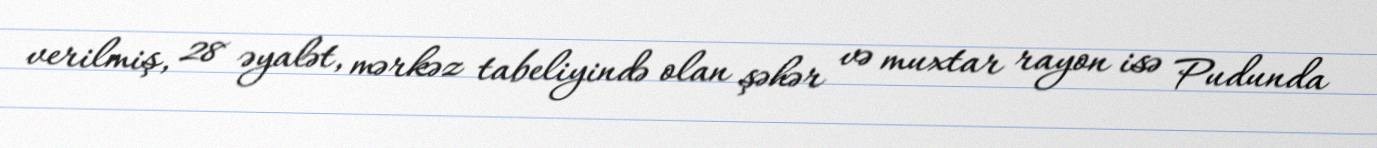
verilmiş, 28 əyalət, mərkəz tabeliyində olan şəhər və muxtar rayon isə Pudunda